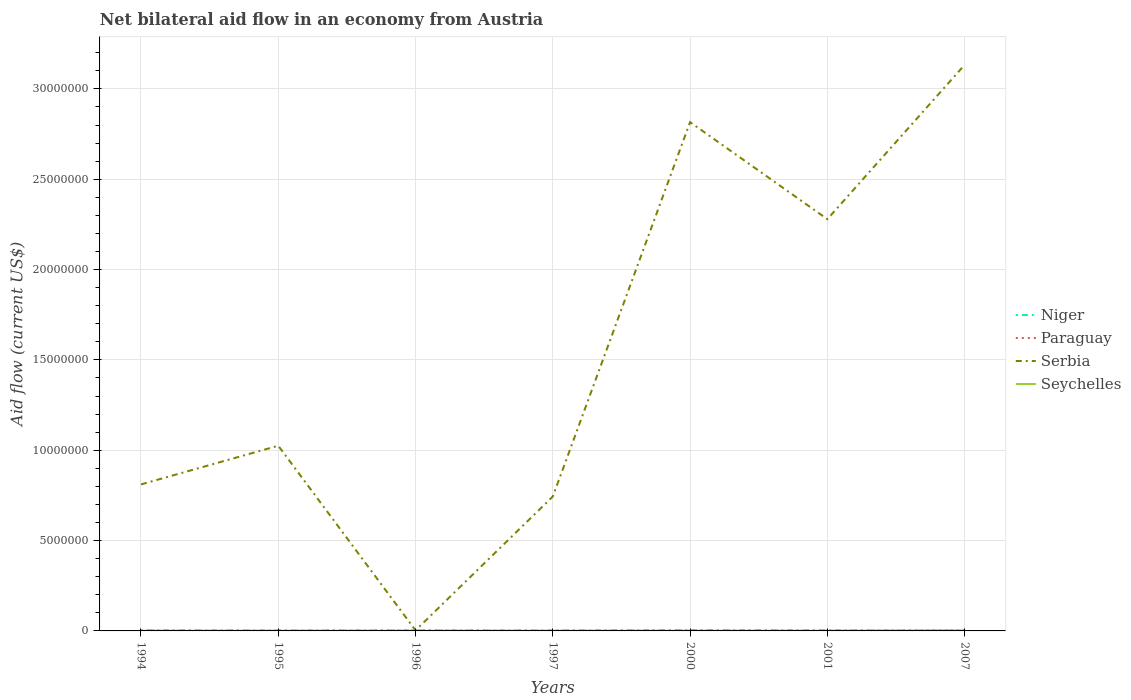
| Years | Niger | Paraguay | Serbia | Seychelles |
 | --- | --- | --- | --- | --- |
 | 1994 | 4e+04 | 1e+04 | 8.11e+06 | 1e+04 |
 | 1995 | 3e+04 | 1e+04 | 1.02e+07 | 1e+04 |
 | 1996 | 3e+04 | 2e+04 | 3e+04 | 1e+04 |
 | 1997 | 3e+04 | 1e+04 | 7.44e+06 | 1e+04 |
 | 2000 | 5e+04 | 1e+04 | 2.82e+07 | 1e+04 |
 | 2001 | 4e+04 | 1e+04 | 2.28e+07 | 1e+04 |
 | 2007 | 1e+04 | 4e+04 | 3.13e+07 | 3e+04 |